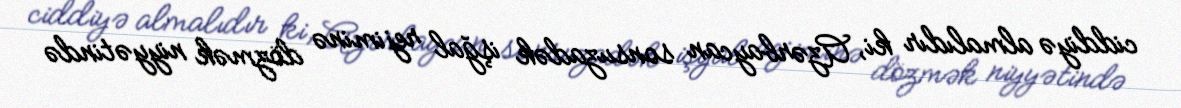
ciddiyə almalıdır ki, Azərbaycan sonsuzadək işğal rejiminə dözmək niyyətində